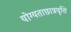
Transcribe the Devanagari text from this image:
योग्यताछात्रवृत्ति